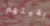
بقيتهم